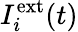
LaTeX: I_{i}^{\mathrm{ext}}(t)